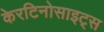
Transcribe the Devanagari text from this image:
केरटिनोसाइट्स